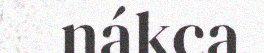
nákca